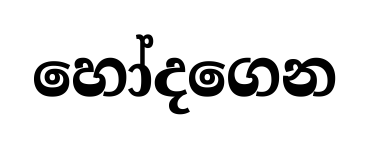
හෝදගෙන